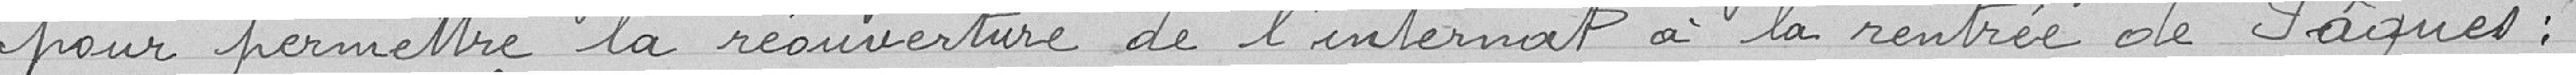
pour permettre la réouverture de l'internat à la rentrée de Pâques: